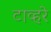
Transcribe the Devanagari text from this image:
टाव्हरे